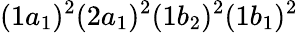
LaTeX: (1a_{1})^{2}(2a_{1})^{2}(1b_{2})^{2}(1b_{1})^{2}